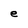
Character: e